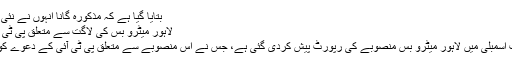
بتایا گیا ہے کہ مذکورہ گانا انہوں نے نئی فلم ’’ہم چار‘‘ کیلئے ...
لاہور میٹرو بس کی لاگت سے متعلق پی ٹی آئی کا دعویٰ غلط ثابت
لاہور(پاک نیوز) پنجاب اسمبلی میں لاہور میٹرو بس منصوبے کی رپورٹ پیش کردی گئی ہے، جس نے اس منصوبے سے متعلق پی ٹی آئی کے دعوے کو غلط قرار دے دیا ہے۔